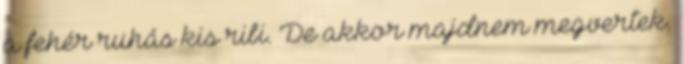
a fehér ruhás kis ribi. De akkor majdnem megvertek.